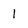
Character: 1